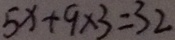
5 x + 9 \times 3 = 3 2